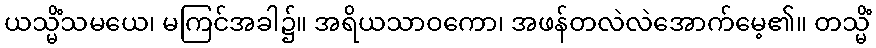
ယသ္မိံသမယေ၊ မကြင်အခါ၌။ အရိယသာဝကော၊ အဖန်တလဲလဲအောက်မေ့၏။ တသ္မိံ